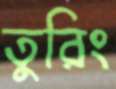
তুরিং